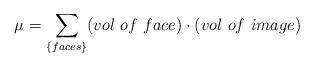
LaTeX: \begin{align*}\mu = \sum_{\{faces\}} (vol~of~face ) \cdot (vol~of~image) \end{align*}